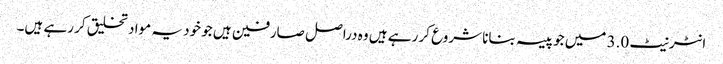
انٹرنیٹ 3.0 میں جو پیسہ بنانا شروع کر رہے ہیں وہ دراصل صارفین ہیں جو خود یہ مواد تخلیق کر رہے ہیں۔